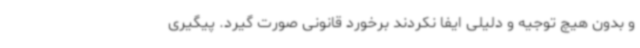
و بدون هیچ توجیه و دلیلی ایفا نکردند برخورد قانونی صورت گیرد. پیگیری